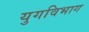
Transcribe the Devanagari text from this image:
युगविभाग